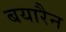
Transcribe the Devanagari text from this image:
बयारैन